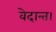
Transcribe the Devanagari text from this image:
वेदान्त।